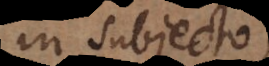
in subjecto,